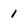
Character: 1